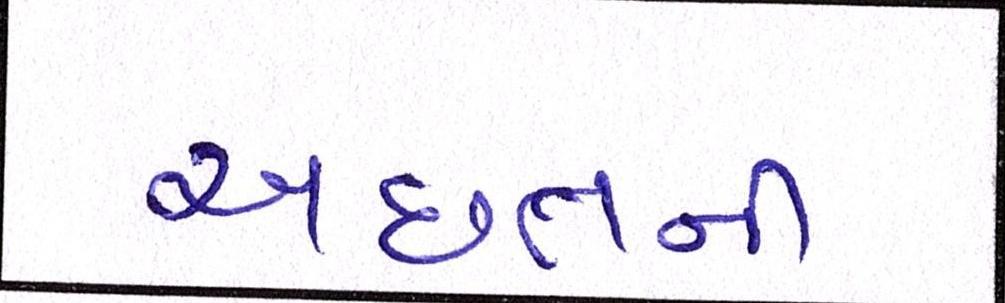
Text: અછતની